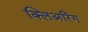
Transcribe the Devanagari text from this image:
क्लिअरिंग